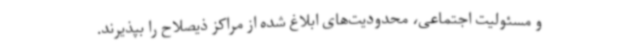
و مسئولیت اجتماعی، محدودیت‌های ابلاغ شده از مراکز ذیصلاح را بپذیرند.